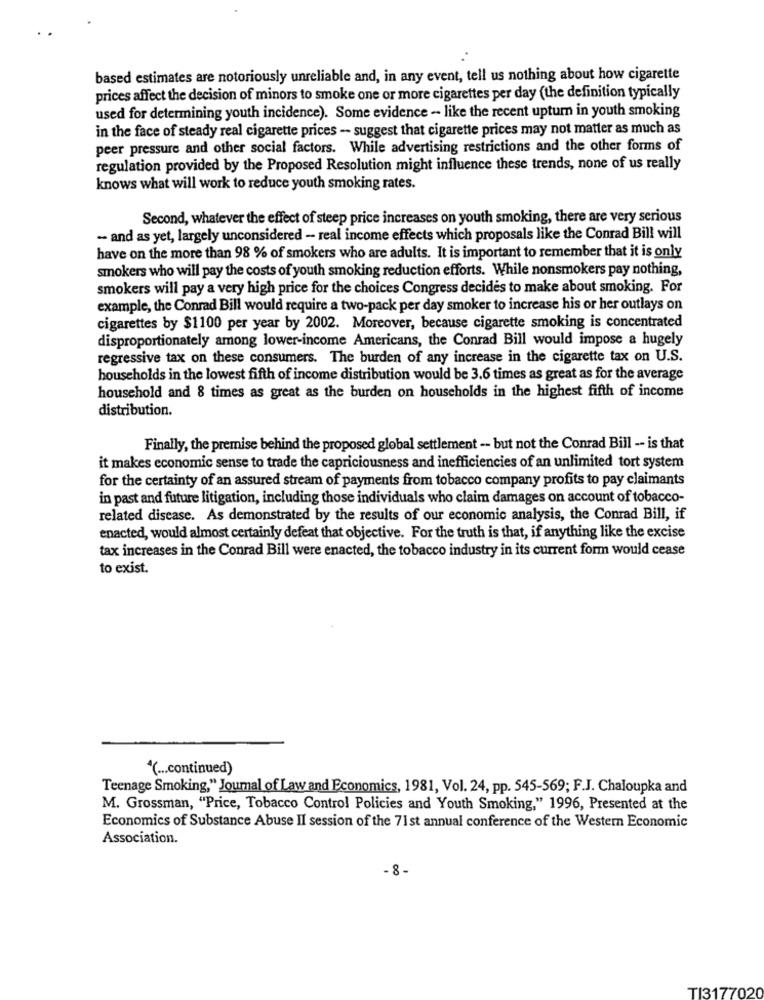
based estimates are notoriously unreliable and, in any event, tell us nothing about how cigarette
prices affect the decision of minors to smoke one or more cigarettes per day (the definition typically
used for determining youth incidence). Some evidence - like the recent upturn in youth smoking
in the face of steady real cigarette prices -- suggest that cigarette prices may not matter as much as
peer pressure and other social factors. While advertising restrictions and the other forms of
regulation provided by the Proposed Resolution might influence these trends, none of us really
knows what will work to reduce youth smoking rates.
Second, whatever the effect of steep price increases on youth smoking, there are very serious
- and as yet, largely unconsidered - real income effects which proposals like the Conrad Bill will
have on the more than 98 % of smokers who are adults. It is important to remember that it is only
smokers who will pay the costs of youth smoking reduction efforts. While nonsmokers pay nothing,
smokers will pay a very high price for the choices Congress decides to make about smoking. For
example, the Conrad Bill would require a two-pack per day smoker to increase his or her outlays on
cigarettes by $1100 per year by 2002. Moreover, because cigarette smoking is concentrated
disproportionately among lower-income Americans, the Conrad Bill would impose a hugely
regressive tax on these consumers. The burden of any increase in the cigarette tax on U.S.
households in the lowest fifth of income distribution would be 3.6 times as great as for the average
household and 8 times as great as the burden on households in the highest fifth of income
distribution.
Finally, the premise behind the proposed global settlement -- but not the Conrad Bill -- is that
it makes economic sense to trade the capriciousness and inefficiencies of an unlimited tort system
for the certainty of an assured stream of payments from tobacco company profits to pay claimants
in past and future litigation, including those individuals who claim damages on account of tobacco-
related disease. As demonstrated by the results of our economic analysis, the Conrad Bill, if
enacted, would almost certainly defeat that objective. For the truth is that, if anything like the excise
tax increases in the Conrad Bill were enacted, the tobacco industry in its current form would cease
to exist.
"( ... continued)
Teenage Smoking," Journal of Law and Economics, 1981, Vol. 24, pp. 545-569; F.J. Chaloupka and
M. Grossman, "Price, Tobacco Control Policies and Youth Smoking," 1996, Presented at the
Economics of Substance Abuse II session of the 71st annual conference of the Western Economic
Association.
- 8 -
TI3177020